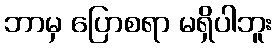
ဘာမှ ပြောစရာ မရှိပါဘူး